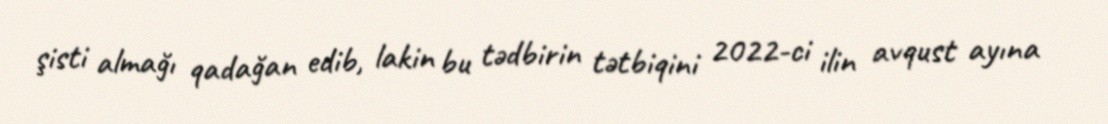
şisti almağı qadağan edib, lakin bu tədbirin tətbiqini 2022-ci ilin avqust ayına